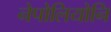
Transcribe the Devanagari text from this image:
नेपोलियोनि